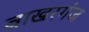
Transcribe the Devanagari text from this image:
बाखरगंज